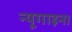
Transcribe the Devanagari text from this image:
न्यूगाइना